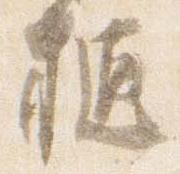
樋